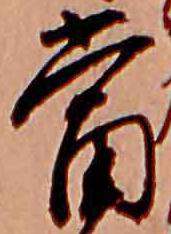
当